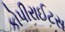
કોપીરાઈટસ